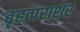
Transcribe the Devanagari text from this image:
बृहत्पराशर